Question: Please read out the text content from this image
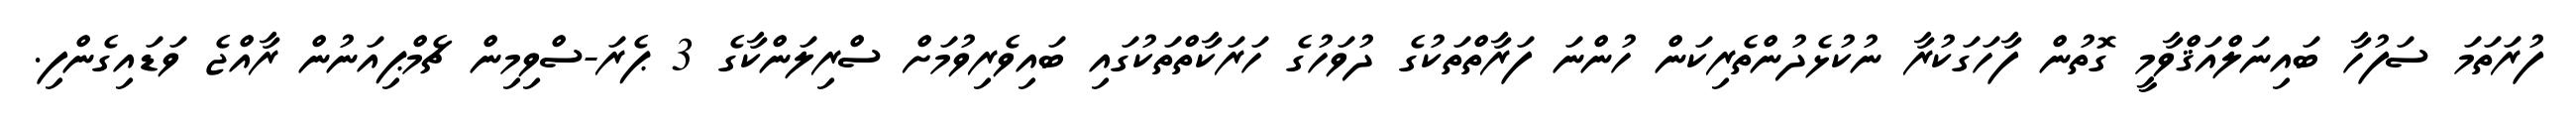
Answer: ފުރަތަމަ ސަފުހާ ބައިނަލްއަޤްވާމީ ގޮތުން ފާހަގަކުރާ ނުކުޅެދުންތެރިކަން ހުންނަ ފަރާތްތަކުގެ ދުވަހުގެ ހަރަކާތްތަކުގައި ބައިވެރިވުމަށް ސްރިލަންކާގެ 3 ޕެރަ-ސްވިމިން ޗެމްޕިއަނުން ރާއްޖެ ވަޑައިގެންފި.